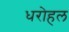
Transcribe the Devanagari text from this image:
धरोहल